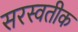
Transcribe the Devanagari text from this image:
सरस्वतीक